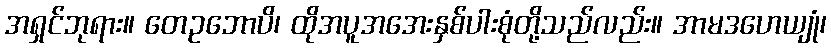
အရှင်ဘုရား။ တေဥဘောပိ၊ ထိုအပူအအေးနှစ်ပါးစုံတို့သည်လည်း။ အာမဒဟေယျုံ၊